65_HS1-834228961_62-HQ-83894_Serial_438
Agency: FBI
Page 31
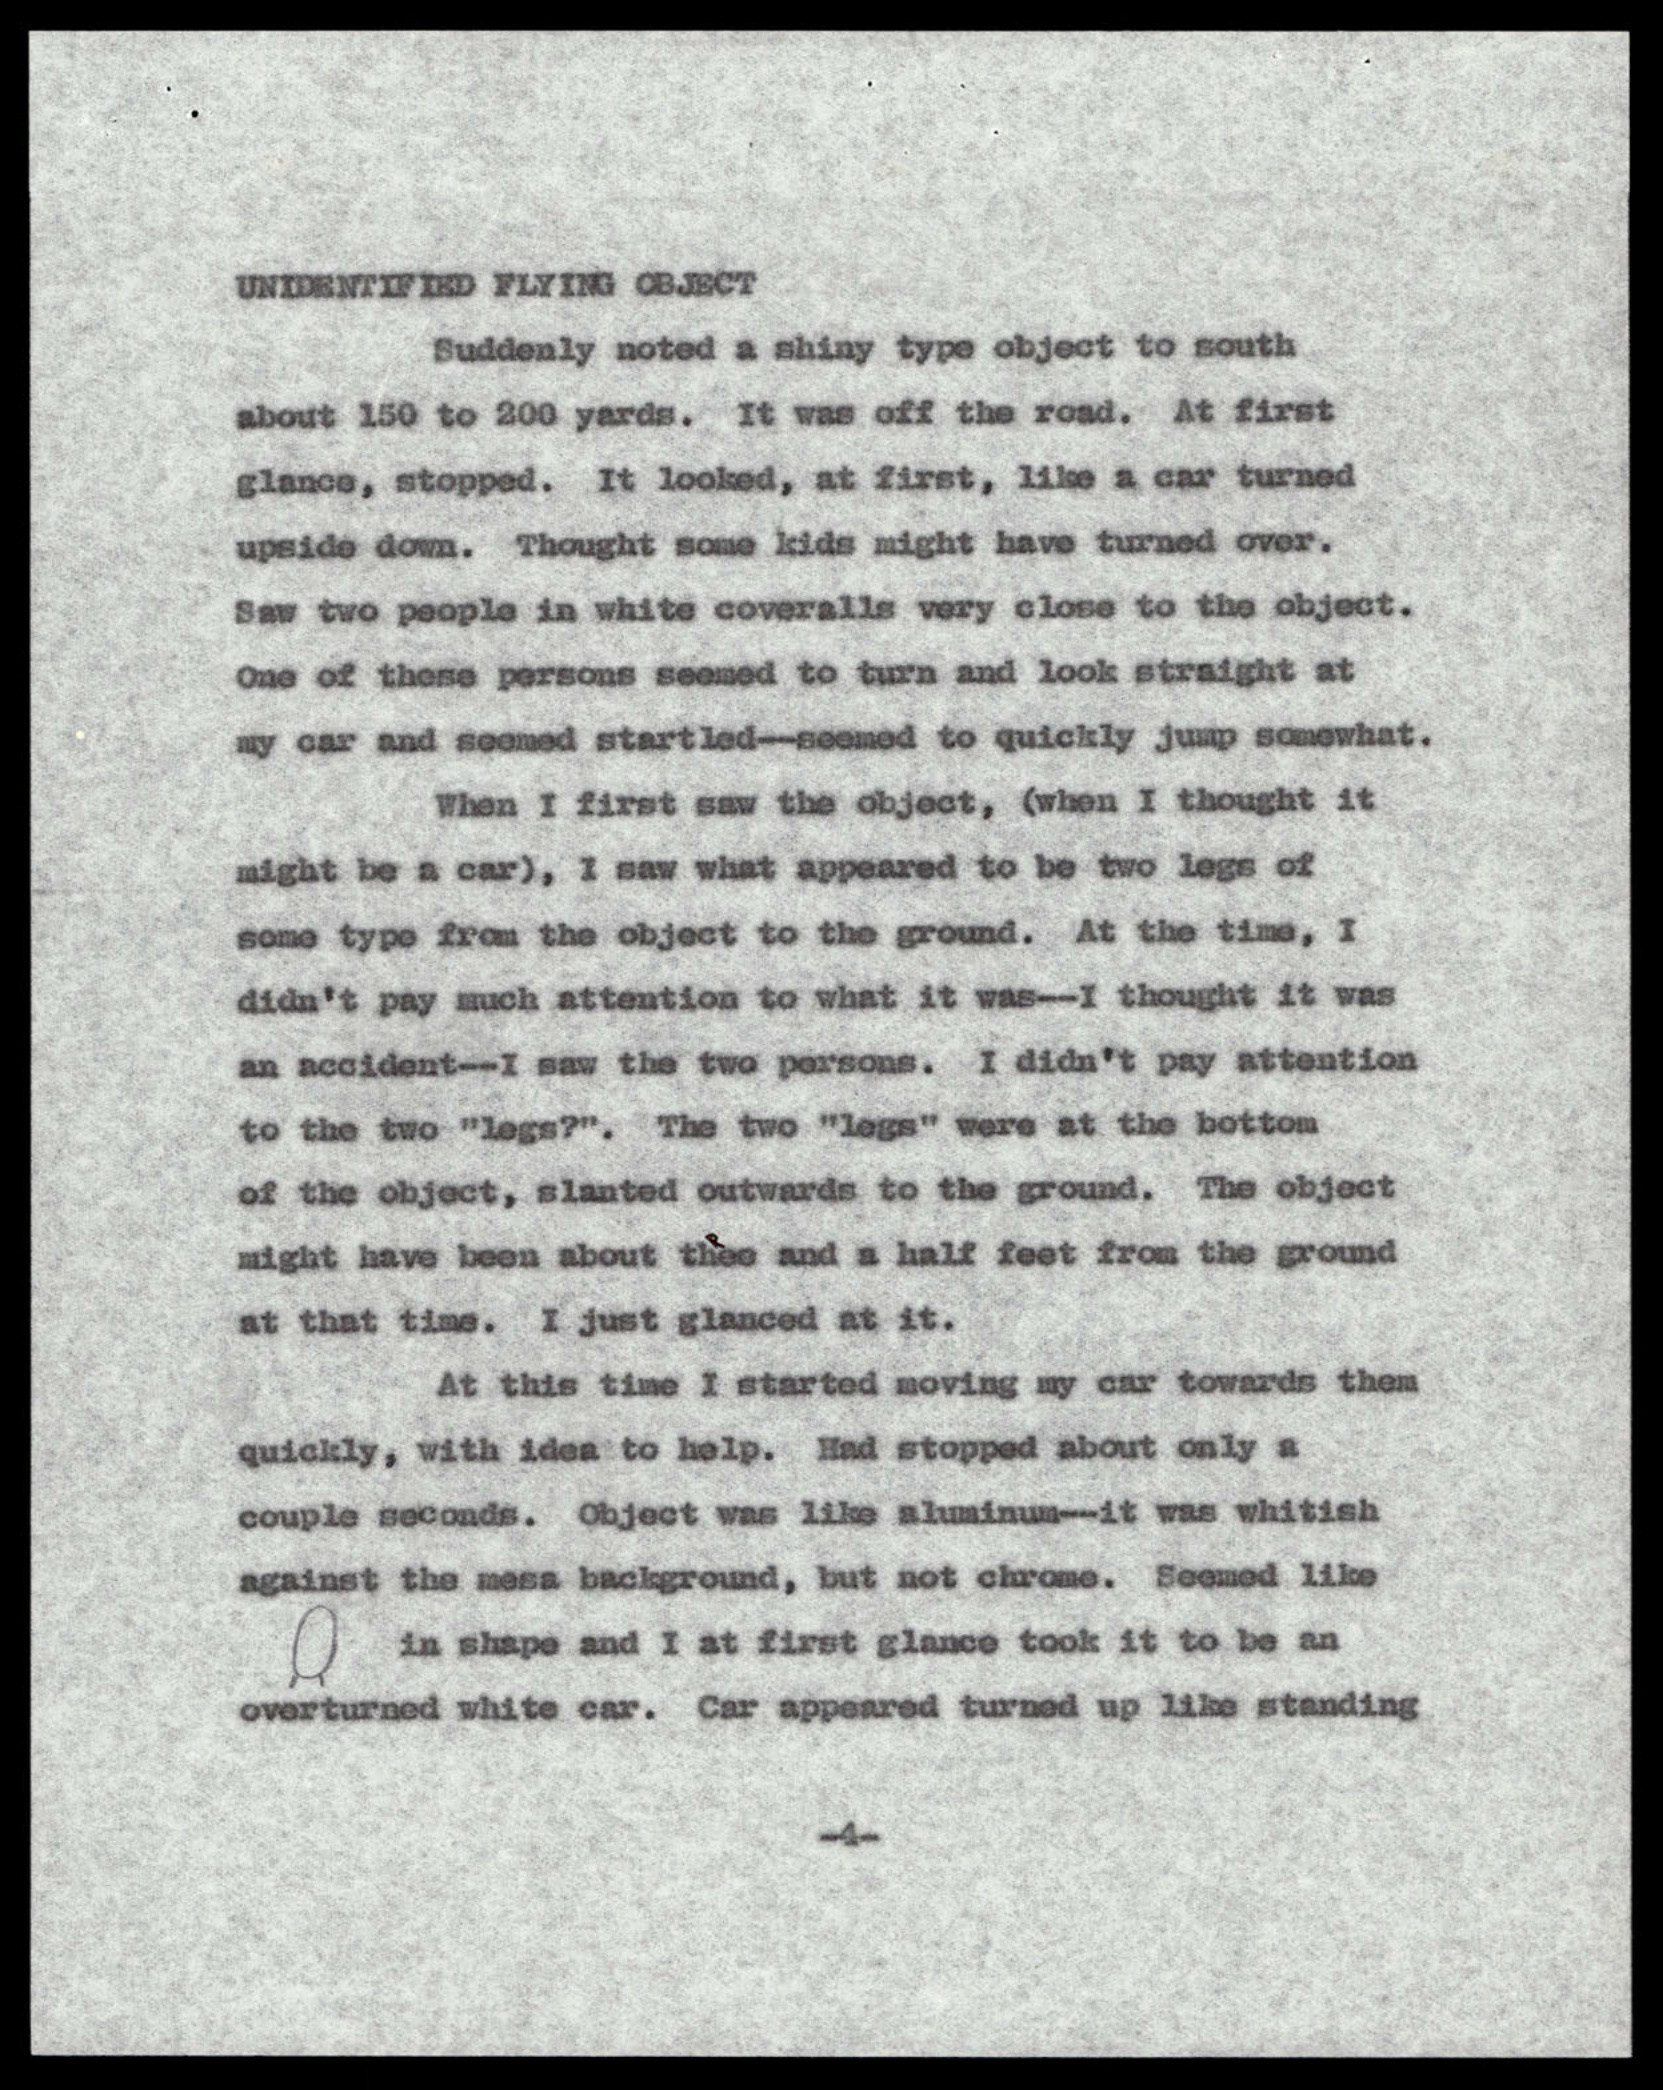